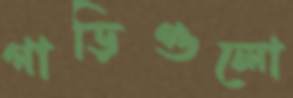
গাড়িগুলো